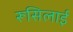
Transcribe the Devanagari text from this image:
रूसिलाई